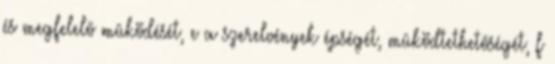
és megfelelõ mûködését, e a szerelvények épségét, mûködtethetõségét, f